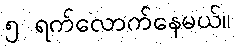
၅ ရက်လောက်နေမယ်။